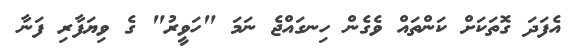
އެފަދަ ގޮތަކަށް ކަންތައް ވެގެން ހިނގައްޖެ ނަމަ "ހަވީރު" ގެ ވިޔަފާރި ފަނާ